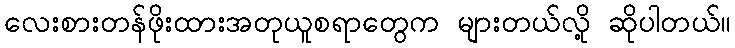
လေးစားတန်ဖိုးထားအတုယူစရာတွေက များတယ်လို့ ဆိုပါတယ်။